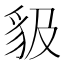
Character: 𧲫